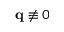
\mathbf q \not \equiv 0